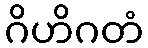
ဂိဟိဂတံ